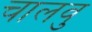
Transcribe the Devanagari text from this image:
चालवु